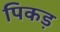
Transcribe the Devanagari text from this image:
पिकड़